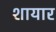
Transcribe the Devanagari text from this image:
शायार